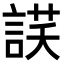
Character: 𧨶